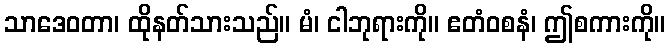
သာဒေဝတာ၊ ထိုနတ်သားသည်။ မံ၊ ငါဘုရားကို။ ဧတံဝစနံ၊ ဤစကားကို။